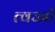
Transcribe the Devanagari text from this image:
त्वज्जो